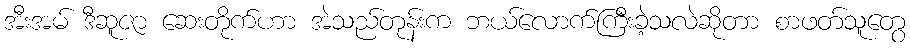
အီးအမ် ဒီဆူဇာ ဆေးတိုက်ဟာ အဲသည်တုန်းက ဘယ်လောက်ကြီးခဲ့သလဲဆိုတာ စာဖတ်သူတွေ